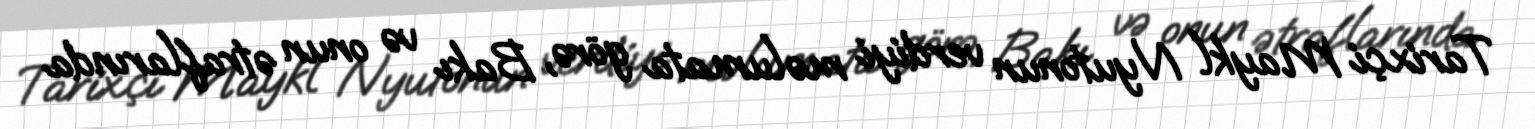
Tarixçi Maykl Nyutonun verdiyi məlumata görə, Bakı və onun ətraflarında